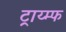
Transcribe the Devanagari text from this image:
ट्राय्म्फ